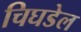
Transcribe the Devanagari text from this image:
चिघडेल